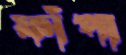
ফাঁপা